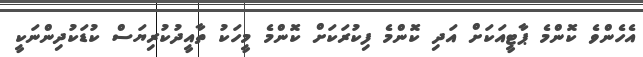
އެހެންވެ ކޮންމެ ޕާޓީއަކަށް އަދި ކޮންމެ ފިކުރަކަށް ކޮންމެ މީހަކު ތާއީދުކުރިޔަސް ކުޑަކުދިންނަކީ